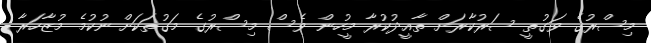
މިސްރުގެ ވަގުތީ ސަރުކާރަށް ތާއީދުކުރާ މީހުން ވެސް މިސްރުގެ މަގުތަކަށް ނުކުމެ މުޒާހަރާ